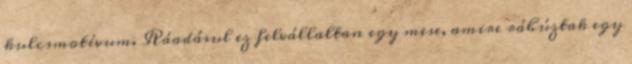
kulcsmotívum. Ráadásul ez felvállaltan egy mese, amire ráhúztak egy